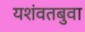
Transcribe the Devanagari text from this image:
यशंवतबुवा